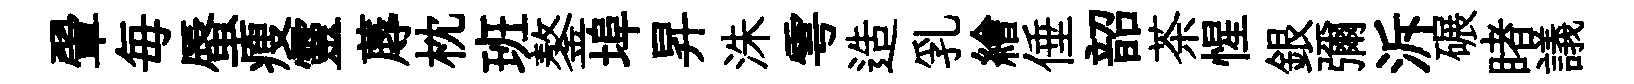
翬毎蜃瘦靈蓐枕班鏊埠昇洙雩造乳繪倕韶茶惺銀彌泝碾睹議